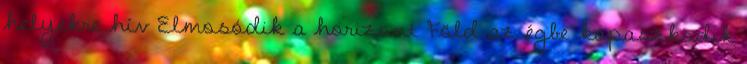
helyekre hív Elmosódik a horizont Föld az égbe kapaszkodik